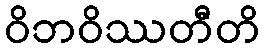
ဝိဘဝိဿတီတိ